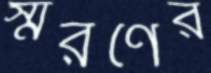
স্মরণের